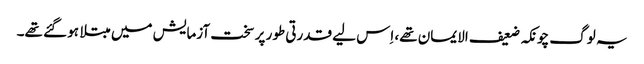
یہ لوگ چونکہ ضعیف الایمان تھے، اِس لیے قدرتی طور پر سخت آزمایش میں مبتلا ہو گئے تھے۔